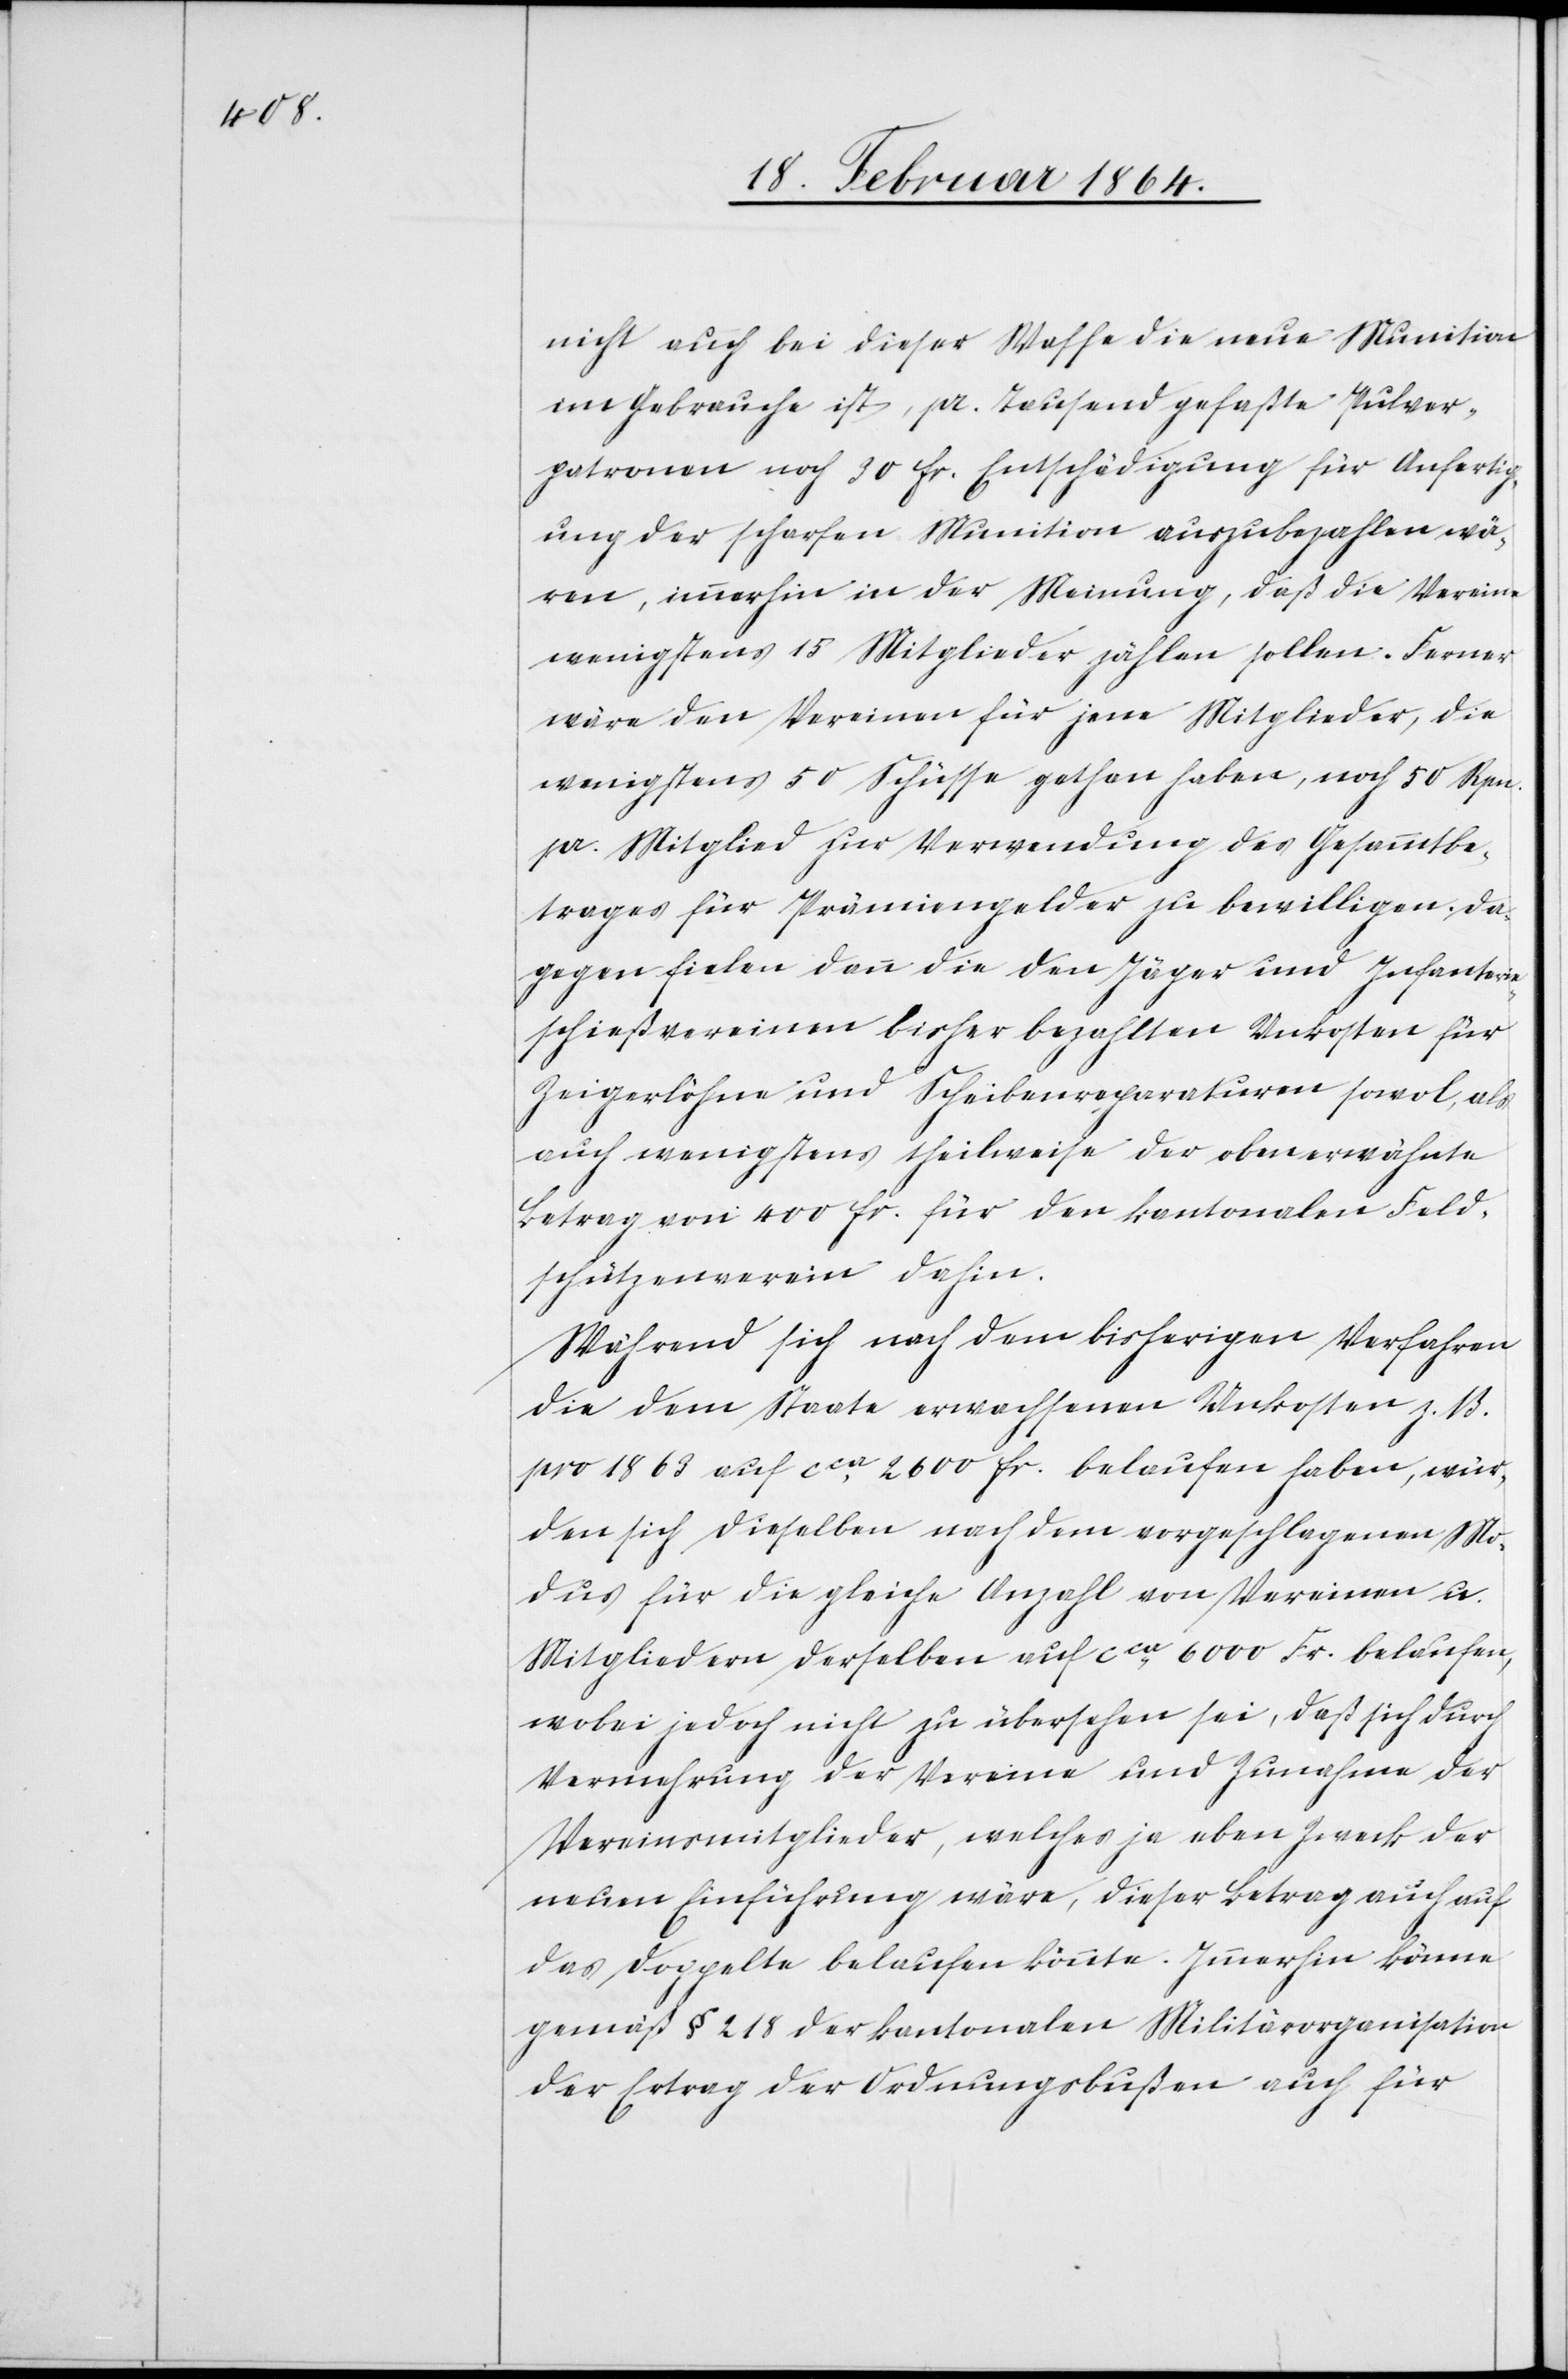
nicht auch bei dieser Waffe die neue Munition
im Gebrauche ist, pr. Tausend gefaßte Pulver¬
patronen noch 30 fr. Entschädigung für Anfertig¬
ung der scharfen Munition auszubezahlen wä¬
ren, immerhin in der Meinung, daß die Vereine
wenigstens 15 Mitglieder zählen sollen. Ferner
wäre den Vereinen für jene Mitglieder, die
wenigstens 50 Schüsse gethan haben, noch 5 Rpn.
pr. Mitglied zur Verwendung des Gesammtbe¬
trages für Prämiengelder zu bewilligen. Da¬
gegen fielen dann die den Jäger[-] und Infanterie¬
schießvereinen bisher bezahlten Unkosten für
Zeigerlöhne und Scheibenreparaturen sowol, als
auch wenigstens theilweise der obenerwähnte
Betrag von 400 fr. für den kantonalen Feld¬
schützenverein dahin.
Während sich nach dem bisherigen Verfahren
die dem Staate erwachsenen Unkosten z. B.
pro 1863 auf cca 2600 fr. belaufen haben, wür¬
den sich dieselben nach dem vorgeschlagenen Mo¬
dus für die gleiche Anzahl von Vereinen u.
Mitgliedern derselben auf cca 6000 Fr. belaufen,
wobei jedoch nicht zu übersehen sei, daß sich durch
Vermehrung der Vereine und Zunahme der
Vereinsmitglieder, welches ja eben Zweck der
neuen Einführung wäre, dieser Betrag auch auf
das Doppelte belaufen könnte. Immerhin könne
gemäß § 218 der kantonalen Militärorganisation
der Ertrag der Ordnungsbußen auch für